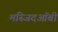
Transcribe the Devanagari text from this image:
मस्जिदऑबी